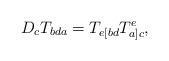
LaTeX: \begin{align*}D_cT_{bda}=T_{e[bd}T_{a]c}^e, \end{align*}